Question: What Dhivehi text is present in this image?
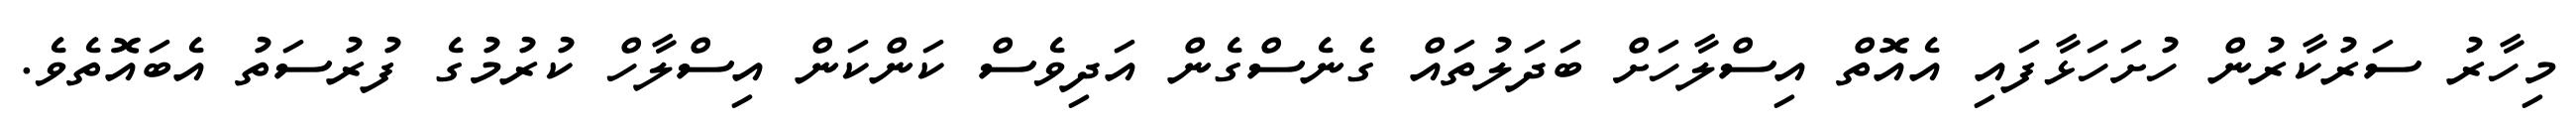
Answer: މިހާރު ސަރުކާރުން ހުށަހަޅާފައި އެއޮތް އިސްލާހަށް ބަދަލުތައް ގެނެސްގެން އަދިވެސް ކަންކަން އިސްލާހް ކުރުމުގެ ފުރުސަތު އެބައޮތެވެ.